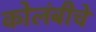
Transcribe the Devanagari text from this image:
कोलंबीचे